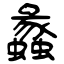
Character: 蠡